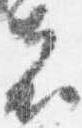
者